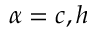
\alpha = c , h